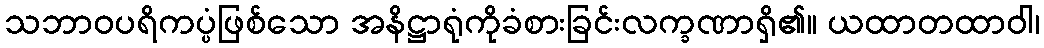
သဘာဝပရိကပ္ပံဖြစ်သော အနိဋ္ဌာရုံကိုခံစားခြင်းလက္ခဏာရှိ၏။ ယထာတထာဝါ၊